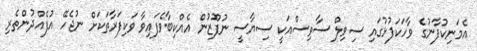
އެމަނިކުފާނުގެ ވާހަކަފުޅުގައި ސިވިލް ސާވިސްއަކީ ސިޔާސީ ނުފޫޒުން އެއްކިބާވެފައިވާ ވަކިފަރާތަކަށް ނުޖެހޭ އުފެއްދުންތެރި